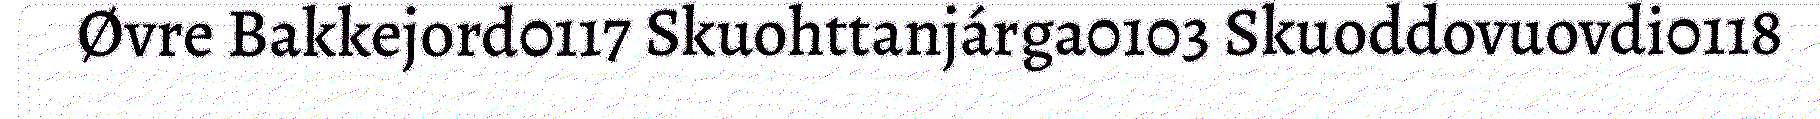
Øvre Bakkejord0117 Skuohttanjárga0103 Skuoddovuovdi0118